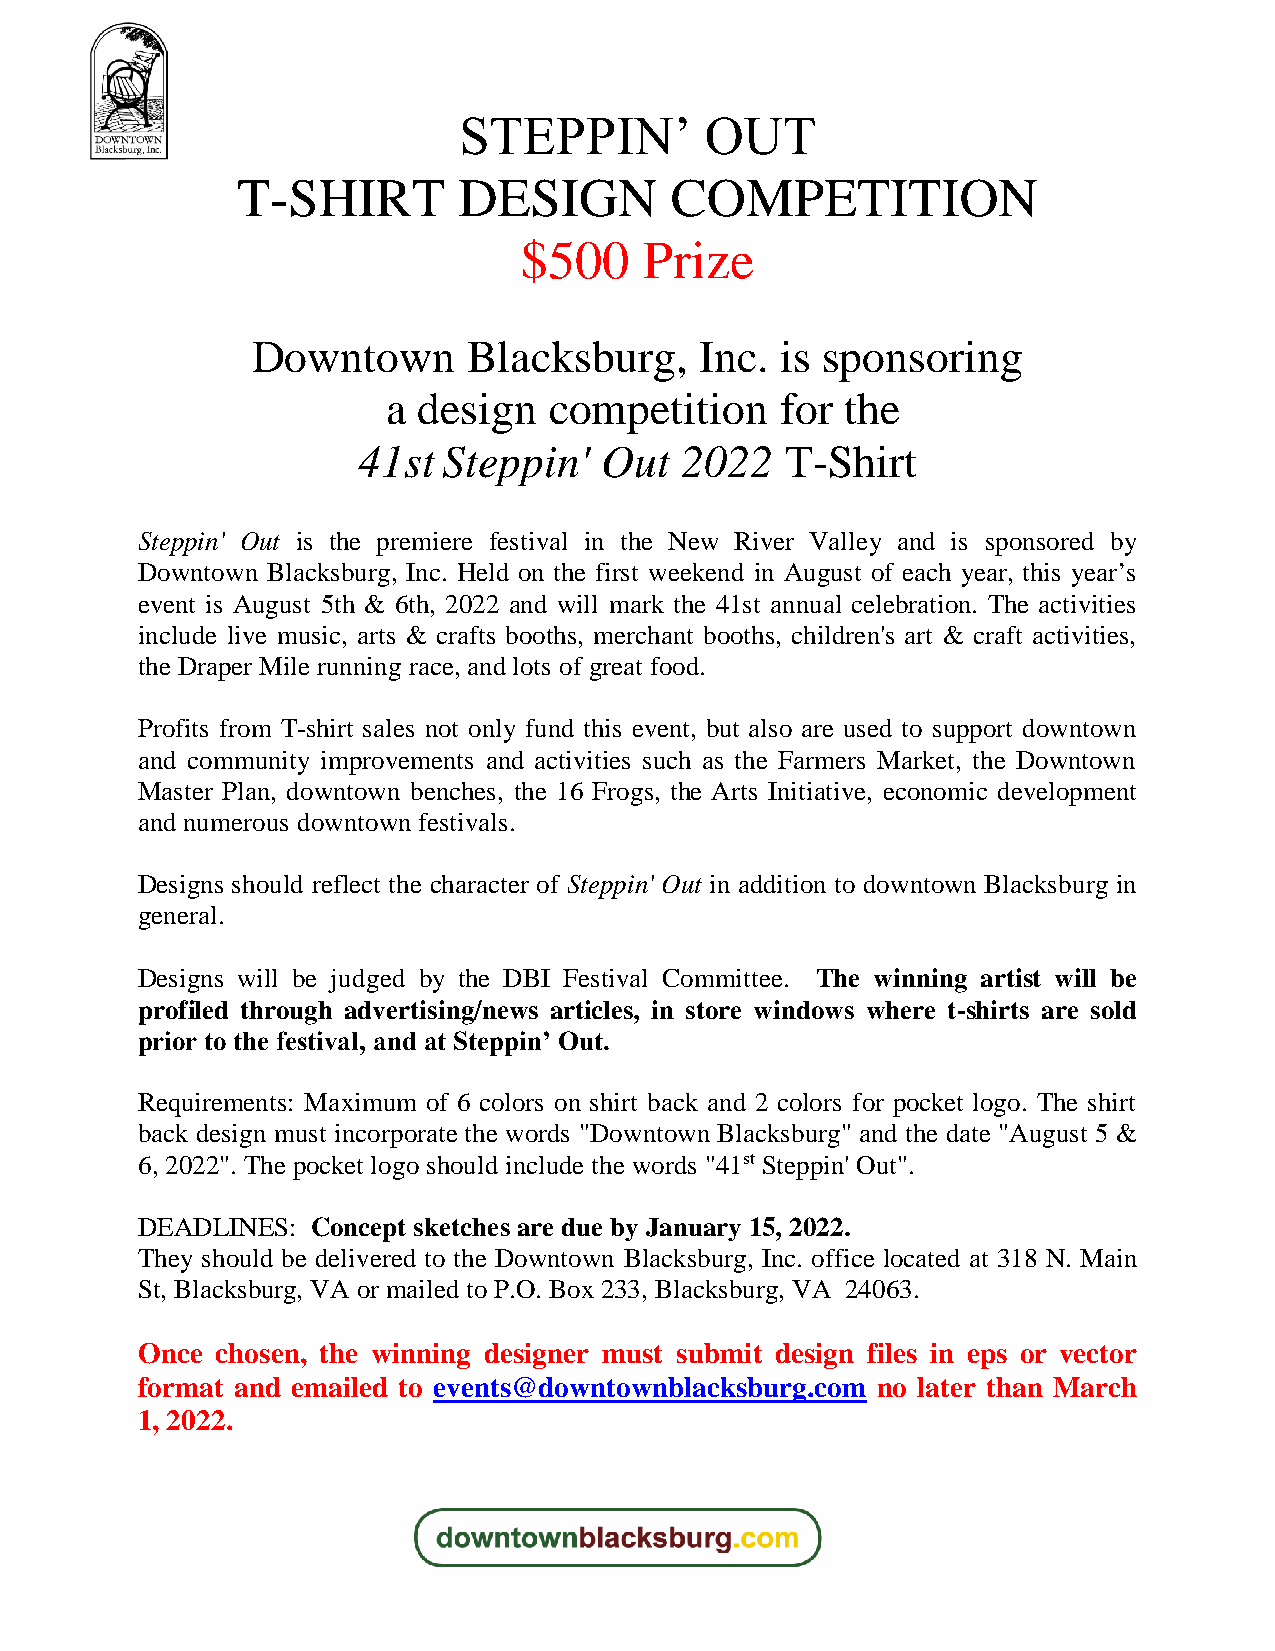
STEPPIN’         OUT
 T-SHIRT       DESIGN        COMPETITION
 $500     Prize
 Downtown      Blacksburg,    Inc.  is sponsoring
 a design  competition     for the
 41st Steppin'   Out  2022   T-Shirt
 Steppin' Out is the premiere festival in the New River Valley and is sponsored by
 Downtown Blacksburg, Inc. Held on the first weekend in August of each year, this year’s
 event is August 5th & 6th, 2022 and will mark the 41st annual celebration. The activities
 include live music, arts & crafts booths, merchant booths, children's art & craft activities,
 the Draper Mile running race, and lots of great food.
 Profits from T-shirt sales not only fund this event, but also are used to support downtown
 and community improvements and activities such as the Farmers Market, the Downtown
 Master Plan, downtown benches, the 16 Frogs, the Arts Initiative, economic development
 and numerous downtown festivals.
 Designs should reflect the character of Steppin' Out in addition to downtown Blacksburg in
 general.
 Designs will be judged by the DBI Festival Committee. The winning artist will be
 profiled through advertising/news articles, in store windows where t-shirts are sold
 prior to the festival, and at Steppin’ Out.
 Requirements: Maximum of 6 colors on shirt back and 2 colors for pocket logo. The shirt
 back design must incorporate the words "Downtown Blacksburg" and the date "August 5 &
 6, 2022". The pocket logo should include the words "41st Steppin' Out".
 DEADLINES:  Concept sketches are due by January 15, 2022.
 They should be delivered to the Downtown Blacksburg, Inc. office located at 318 N. Main
 St, Blacksburg, VA or mailed to P.O. Box 233, Blacksburg, VA 24063.
 Once chosen, the winning designer must submit design files in eps or vector
 format and emailed to events@downtownblacksburg.com no later than March
 1, 2022.